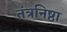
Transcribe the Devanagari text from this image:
तंत्रनिष्ठा